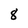
Character: 8